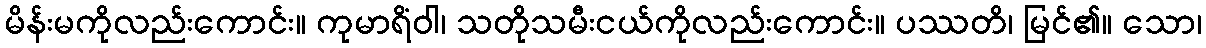
မိန်းမကိုလည်းကောင်း။ ကုမာရိံဝါ၊ သတိုသမီးငယ်ကိုလည်းကောင်း။ ပဿတိ၊ မြင်၏။ သော၊